Annual administration report of the Civil Veterinary Department of India - 1895-1896
Year: 1895
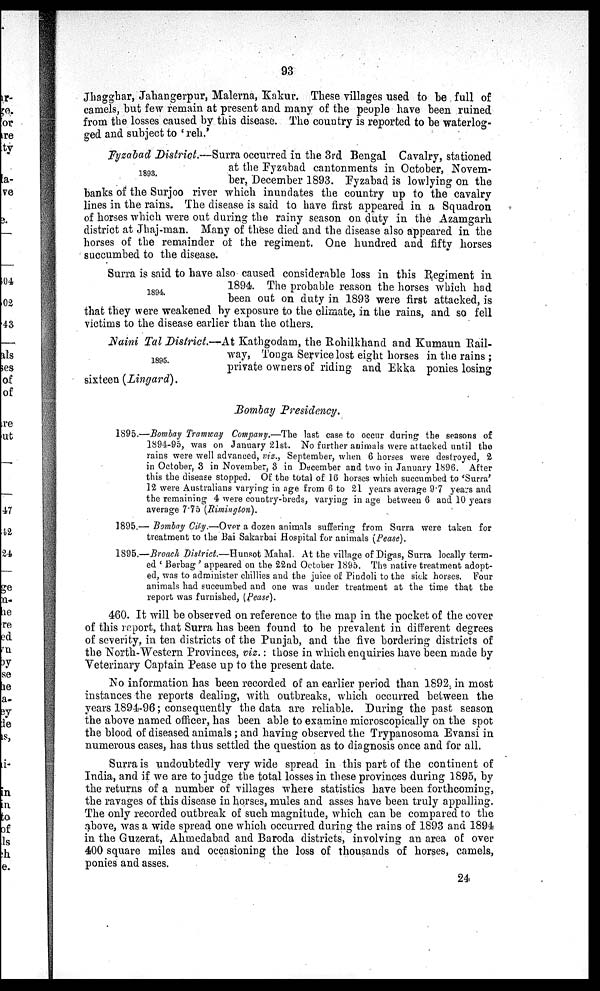
93
Jhagghar, Jahangerpur, Malerna, Kakur. These villages used to be full of
camels, but few remain at present and many of the people have been ruined
from the losses caused by this disease. The country is reported to be waterlog-
ged and subject to 'reh.'
1893.
Fyzabad District.—Surra occurred in the 3rd Bengal Cavalry, stationed
at the Fyzabad cantonments in October, Novem-
ber, December 1893. Fyzabad is lowlying on the
banks of the Surjoo river which inundates the country up to the cavalry
lines in the rains. The disease is said to have first appeared in a Squadron
of horses which were out during the rainy season on duty in the Azamgarh
district at Jhaj-man. Many of these died and the disease also appeared in the
horses of the remainder of the regiment. One hundred and fifty horses
succumbed to the disease.
1894.
Surra is said to have also caused considerable loss in this Regiment in
1894. The probable reason the horses which had
been out on duty in 1893 were first attacked, is
that they were weakened by exposure to the climate, in the rains, and so fell
victims to the disease earlier than the others.
1895.
Naini Tal District.—At Kathgodam, the Rohilkhand and Kumaun Rail-
way, Tonga Service lost eight horses in the rains ;
private owners of riding and Ekka ponies losing
sixteen (Lingard).
Bombay Presidency.
1895.—Bombay Tramway Company.—The last case to occur during the seasons of
1894-95, was on January 21st. No further animals were attacked until the
rains were well advanced, viz., September, when 6 horses were destroyed, 2
in October, 3 in November, 3 in December and two in January 1896. After
this the disease stopped. Of the total of 16 horses which succumbed to 'Surra'
12 were Australians varying in age from 6 to 21 years average 9.7 years and
the remaining 4 were country-breds, varying in age between 6 and 10 years
average 7.75 (Rimington).
1895.— Bombay City.—Over a dozen animals suffering from Surra were taken for
treatment to the Bai Sakarbai Hospital for animals (Pease).
1895.—Broach District.—Hunsot Mahal. At the village of Digas, Surra locally term-
ed 'Berbag' appeared on the 22nd October 1895. The native treatment adopt-
ed, was to administer chillies and the juice of Pindoli to the sick horses. Four
animals had succumbed and one was under treatment at the time that the
report was furnished, (Pease).
460. It will he observed on reference to the map in the pocket of the cover
of this report, that Surra has been found to be prevalent in different degrees
of severity, in ten districts of the Punjab, and the five bordering districts of
the North-Western Provinces, viz.: those in which enquiries have been made by
Veterinary Captain Pease up to the present date.
No information has been recorded of an earlier period than 1892, in most
instances the reports dealing, with outbreaks, which occurred between the
years 1894-96; consequently the data are reliable. During the past season
the above named officer, has been able to examine microscopically on the spot
the blood of diseased animals ; and having observed the Trypanosoma Evansi in
numerous cases, has thus settled the question as to diagnosis once and for all.
Surra is undoubtedly very wide spread in this part of the continent of
India, and if we are to judge the total losses in these provinces during 1895, by
the returns of a number of villages where statistics have been forthcoming,
the ravages of this disease in horses, mules and asses have been truly appalling.
The only recorded outbreak of such magnitude, which can be compared to the
above, was a wide spread one which occurred during the rains of 1893 and 1894
in the Guzerat, Ahmedabad and Baroda districts, involving an area of over
400 square miles and occasioning the loss of thousands of horses, camels,
ponies and asses.
24